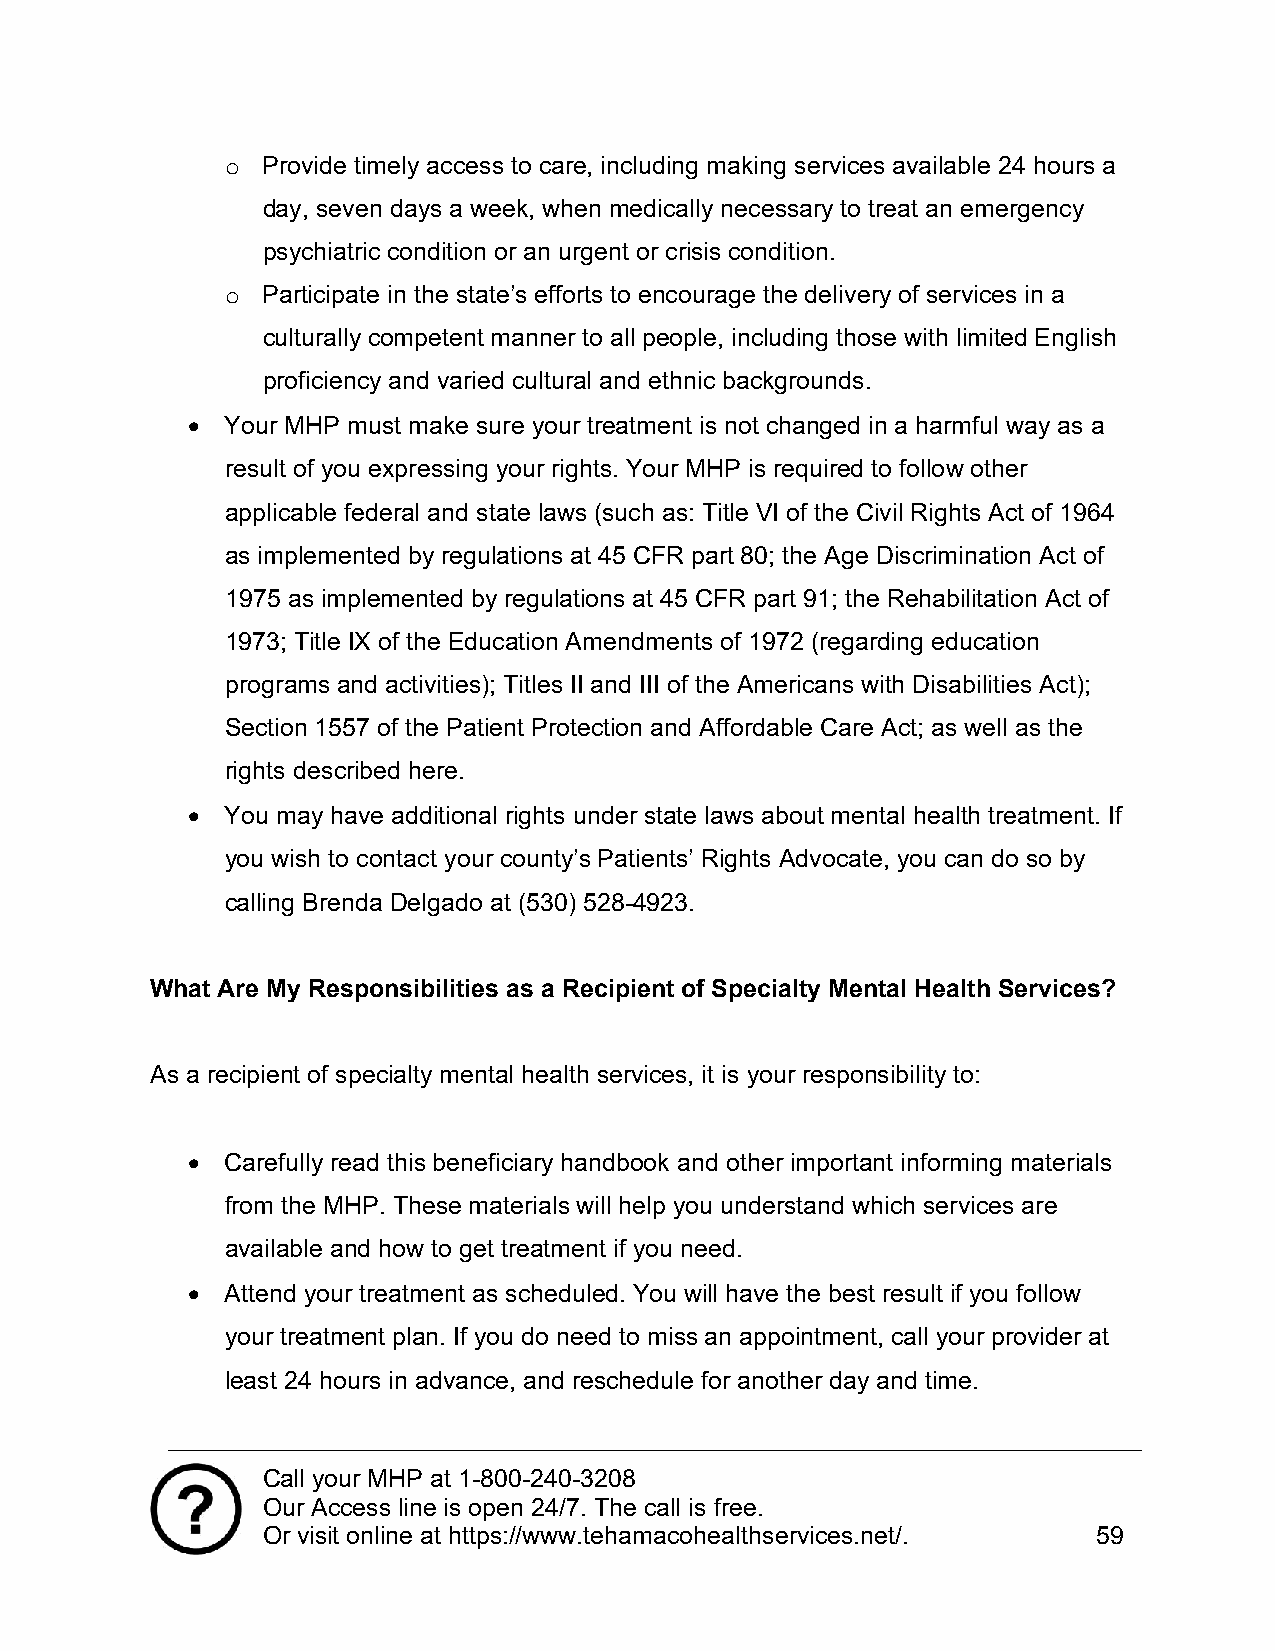
o Provide timely access to care, including making services available 24 hours a
 day, seven days a week, when medically necessary to treat an emergency
 psychiatric condition or an urgent or crisis condition.
 o Participate in the state’s efforts to encourage the delivery of services in a
 culturally competent manner to all people, including those with limited English
 proficiency and varied cultural and ethnic backgrounds.
   Your MHP must make sure your treatment is not changed in a harmful way as a
 result of you expressing your rights. Your MHP is required to follow other
 applicable federal and state laws (such as: Title VI of the Civil Rights Act of 1964
 as implemented by regulations at 45 CFR part 80; the Age Discrimination Act of
 1975 as implemented by regulations at 45 CFR part 91; the Rehabilitation Act of
 1973; Title IX of the Education Amendments of 1972 (regarding education
 programs and activities); Titles II and III of the Americans with Disabilities Act);
 Section 1557 of the Patient Protection and Affordable Care Act; as well as the
 rights described here.
   You may have additional rights under state laws about mental health treatment. If
 you wish to contact your county’s Patients’ Rights Advocate, you can do so by
 calling Brenda Delgado at (530) 528-4923.
 What Are My Responsibilities as a Recipient of Specialty Mental Health Services?
 As a recipient of specialty mental health services, it is your responsibility to:
   Carefully read this beneficiary handbook and other important informing materials
 from the MHP. These materials will help you understand which services are
 available and how to get treatment if you need.
   Attend your treatment as scheduled. You will have the best result if you follow
 your treatment plan. If you do need to miss an appointment, call your provider at
 least 24 hours in advance, and reschedule for another day and time.
 Call your MHP at 1-800-240-3208
 Our Access line is open 24/7. The call is free.
 Or visit online at https://www.tehamacohealthservices.net/. 59